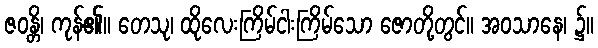
ဇဝန္တိ၊ ကုန်၏။ တေသု၊ ထိုလေးကြိမ်ငါးကြိမ်သော ဇောတို့တွင်။ အဝသာနေ၊ ၌။